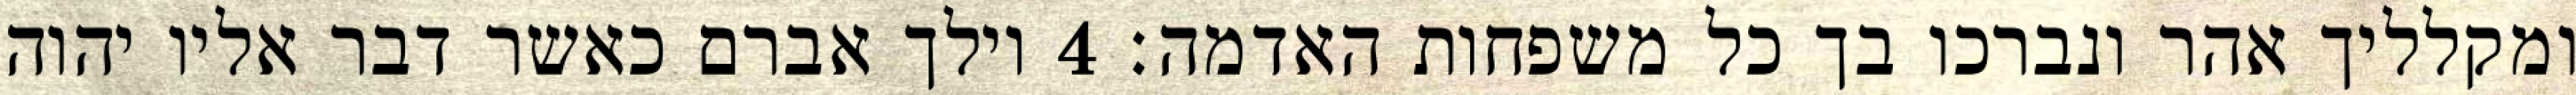
ומקלליך אהר ונברכו בך כל משפחות האדמה׃ ‎4‏ וילך אברם כאשר דבר אליו יהוה